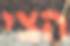
הצי